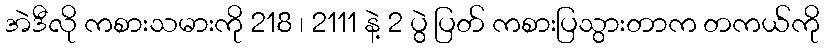
အဲဒီလို ကစားသမားကို 218 ၊ 2111 နဲ့ 2 ပွဲ ပြတ် ကစားပြသွားတာက တကယ်ကို